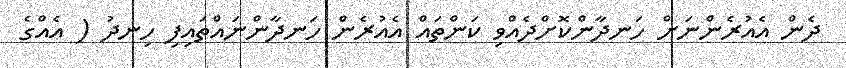
ދެން އެއުރެންނަށް ހަނދާންކޮށްދެއްވި ކަންތައް އެއުރެން ހަނދާންނައްތައިފި ހިނދު ( އެއްގެ